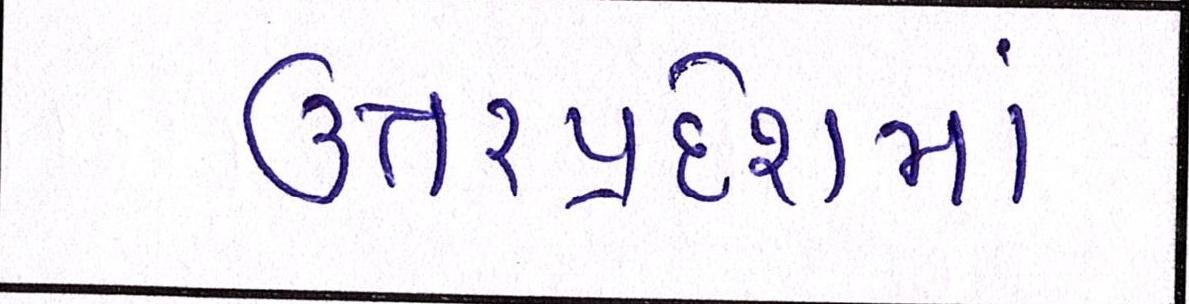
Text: ઉત્તરપ્રદેશમાં